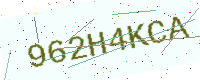
Text: 962H4KCA